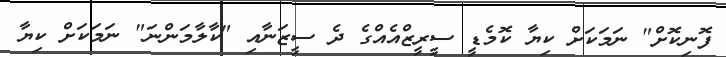
ފޮނިކޮށް" ނަމަކަށް ކިޔާ ކޮމެޑީ ސީރީޒްއެއްގެ ދެ ސީޒަނާއި "ކާލާމަންނަ" ނަމަކަށް ކިޔާ